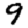
Digit: 9